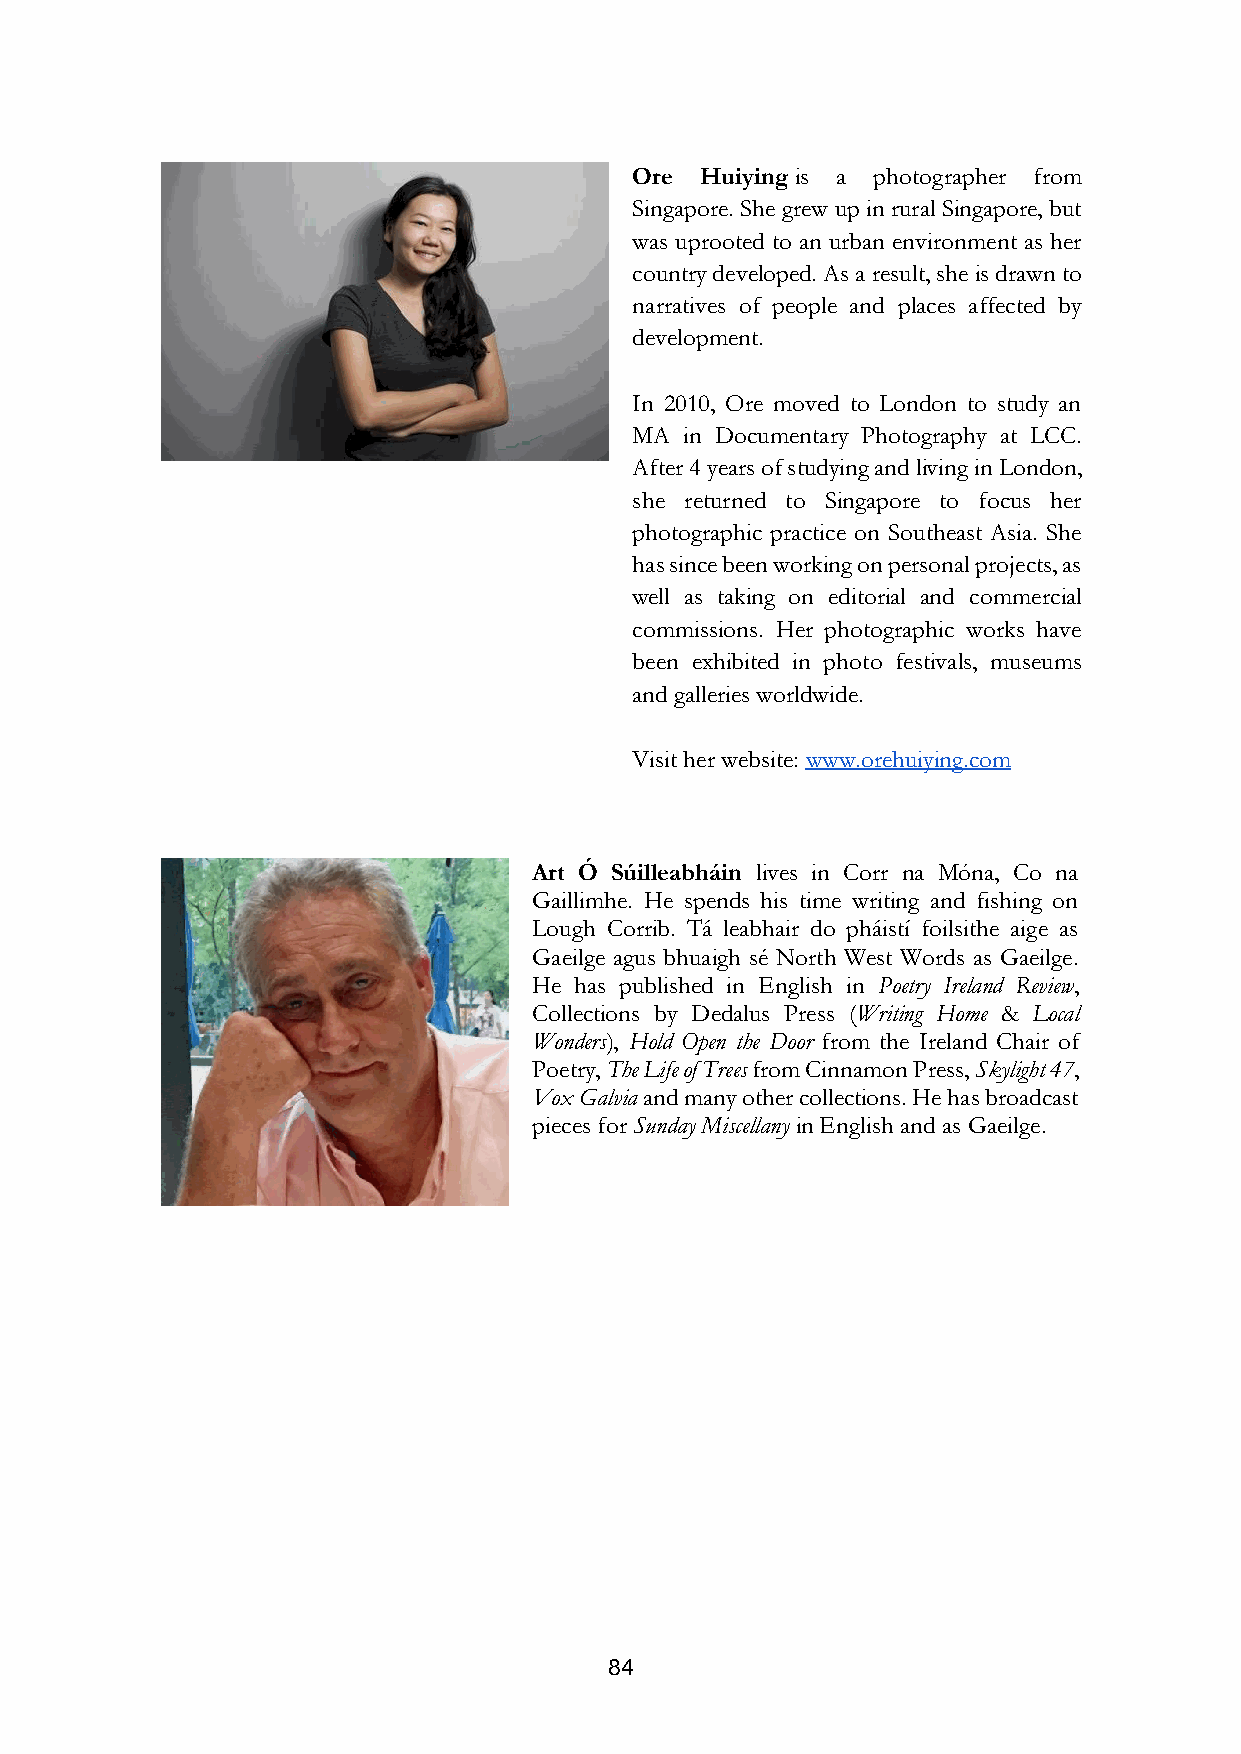
Ore Huiying is a photographer from
 Singapore. She grew up in rural Singapore, but
 was uprooted to an urban environment as her
 country developed. As a result, she is drawn to
 narratives of people and places affected by
 development.
 In 2010, Ore moved to London to study an
 MA in Documentary Photography at LCC.
 After 4 years of studying and living in London,
 she returned to Singapore to focus her
 photographic practice on Southeast Asia. She
 has since been working on personal projects, as
 well as taking on editorial and commercial
 commissions. Her photographic works have
 been exhibited in photo festivals, museums
 and galleries worldwide.
 Visit her website: www.orehuiying.com
 Art Ó Súilleabháin lives in Corr na Móna, Co na
 Gaillimhe. He spends his time writing and fishing on
 Lough Corrib. Tá leabhair do pháistí foilsithe aige as
 Gaeilge agus bhuaigh sé North West Words as Gaeilge.
 He has published in English in Poetry Ireland Review,
 Collections by Dedalus Press (Writing Home & Local
 Wonders), Hold Open the Door from the Ireland Chair of
 Poetry, The Life of Trees from Cinnamon Press, Skylight 47,
 Vox Galvia and many other collections. He has broadcast
 pieces for Sunday Miscellany in English and as Gaeilge.
 84